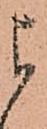
よ